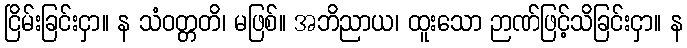
ငြိမ်းခြင်းငှာ။ န သံဝတ္တတိ၊ မဖြစ်။ အဘိညာယ၊ ထူးသော ဉာဏ်ဖြင့်သိခြင်းငှာ။ န